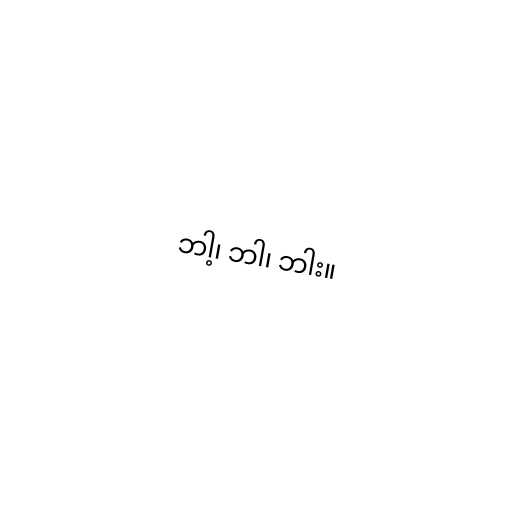
ဘါ့၊ ဘါ၊ ဘါး။